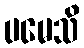
ပမေသိ